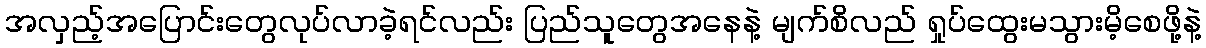
အလှည့်အပြောင်းတွေလုပ်လာခဲ့ရင်လည်း ပြည်သူတွေအနေနဲ့ မျက်စိလည် ရှုပ်ထွေးမသွားမိ့စေဖို့နဲ့